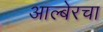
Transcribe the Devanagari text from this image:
आल्बेरचा